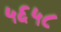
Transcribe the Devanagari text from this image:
५६५८